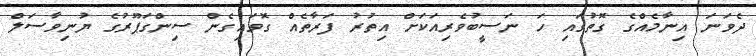
ދެވަނަ އިނާމެއްގެ ގޮތުގައި ހަ ނަސީބުވެރިއަކަށް އިތުރު ފަރާތެއް ގޮވައިގެން ސިންގަޕޫރުގެ ޔުނިވާސަލް